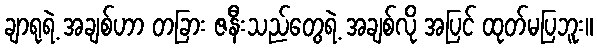
ချာရုရဲ့ အချစ်ဟာ တခြား ဇနီးသည်တွေရဲ့ အချစ်လို အပြင် ထုတ်မပြဘူး။